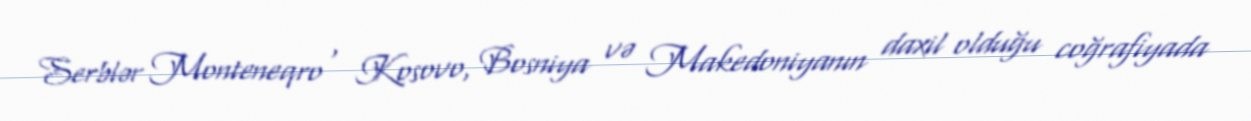
Serblər Monteneqro , Kosovo, Bosniya və Makedoniyanın daxil olduğu coğrafiyada